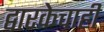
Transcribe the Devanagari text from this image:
द्वारकेचाही